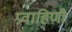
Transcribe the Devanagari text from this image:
प्रवाहिणी